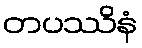
တပဿိနံ